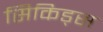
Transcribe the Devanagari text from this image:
सिकिड्स